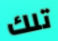
تلك